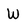
Character: W